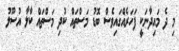
މި ދެ މައިދާނަކީ ފަހަރެއްގައިވެސް ބޮޑު މަސްތައް ކުދި މަސްތައް ކާލާ އުސޫލު